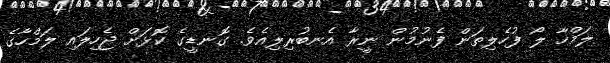
ލަމްހާ ލޯ ފުހެލިތަން ފެނުމުން ނީރާ އެނބުރިލިއެވެ. ގޮނޑީގެ ކޮޅަށް ޖެހިލައި ލަމްހާގެ